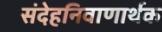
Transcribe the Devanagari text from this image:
संदेहनिवाणार्थक